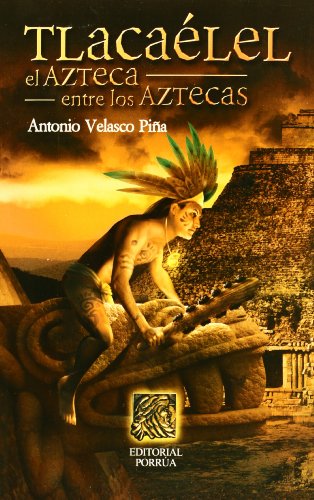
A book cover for Tlacaelel El Azteca Entre Losaztecas (Spanish Edition); Antonio Velasco Pi#A; History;